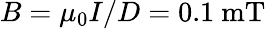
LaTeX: B=\mu_{0}I/D=0.1\textrm{~mT}